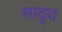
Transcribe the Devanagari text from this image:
सादृय